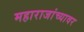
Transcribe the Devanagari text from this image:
महाराजांच्यावर